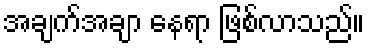
အချက်အချာ နေရာ ဖြစ်လာသည်။